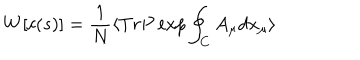
W [ c ( s ) ] = \frac { 1 } { N } \langle T r P \exp \oint _ { C } A _ { \mu } d x _ { \mu } \rangle